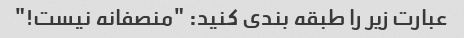
عبارت زیر را طبقه بندی کنید: "منصفانه نیست!"